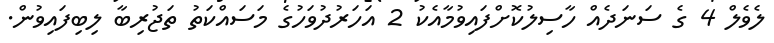
ލެވެލް 4 ގެ ސަނަދެއް ހާސިލުކޮށްފައިވުމާއެކު 2 އަހަރުދުވަހުގެ މަސައްކަތު ތަޖުރިބާ ލިބިފައިވުން.